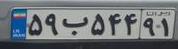
۵۹ب۵۴۴۹۱